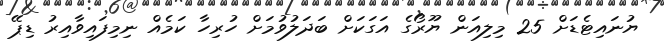
ޔުނައިޓެޑަށް 25 މިލިއަން ޔޫރޯގެ އަގަކަށް ބަދަލުވުމަށް ހުރިހާ ކަމެއް ނިމިފައިވާއިރު ޑިޕޭ